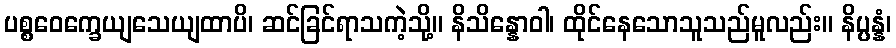
ပစ္စဝေက္ခေယျသေယျထာပိ၊ ဆင်ခြင်ရာသကဲ့သို့။ နိသိန္နောဝါ၊ ထိုင်နေသောသူသည်မူလည်း။ နိပ္ပန္နံ၊